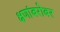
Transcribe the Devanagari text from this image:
क्षणांबरोबर